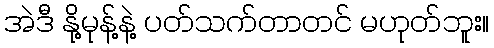
အဲဒီ နို့မုန့်နဲ့ ပတ်သက်တာတင် မဟုတ်ဘူး။